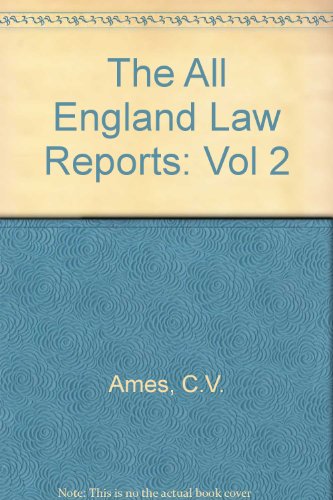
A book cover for The All England Law Reports: Vol 2; C.V. Ames; Law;